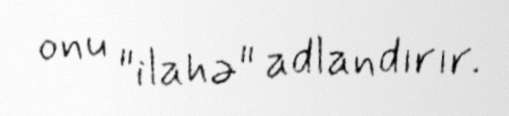
onu "ilahə" adlandırır.